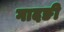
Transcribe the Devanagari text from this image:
गादङी